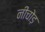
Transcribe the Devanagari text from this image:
नीचोड़